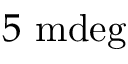
5 ~ \mathrm { m d e g }